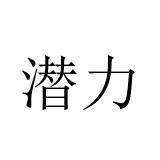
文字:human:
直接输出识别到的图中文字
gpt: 潜力